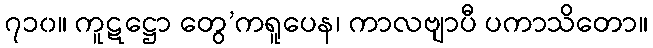
၇၁၀။ ကူဋဋ္ဌော တွေ’ကရူပေန၊ ကာလဗျာပီ ပကာသိတော။